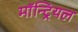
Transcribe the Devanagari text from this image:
माॅन्ट्रियल